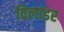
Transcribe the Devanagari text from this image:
विलांडर